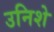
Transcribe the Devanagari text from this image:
उनिशे